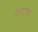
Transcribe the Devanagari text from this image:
वेलांट्या